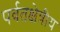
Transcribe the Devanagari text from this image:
पर्वतक्षेत्रीय